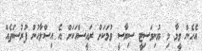
އެހެން ވީމާ މި ޔުނިވަސިޓީ ސިޔާސީ ވުމަކަށް ރައީސްއަކަށް އެ އިސްލާހުން ފުރުސަތެއް